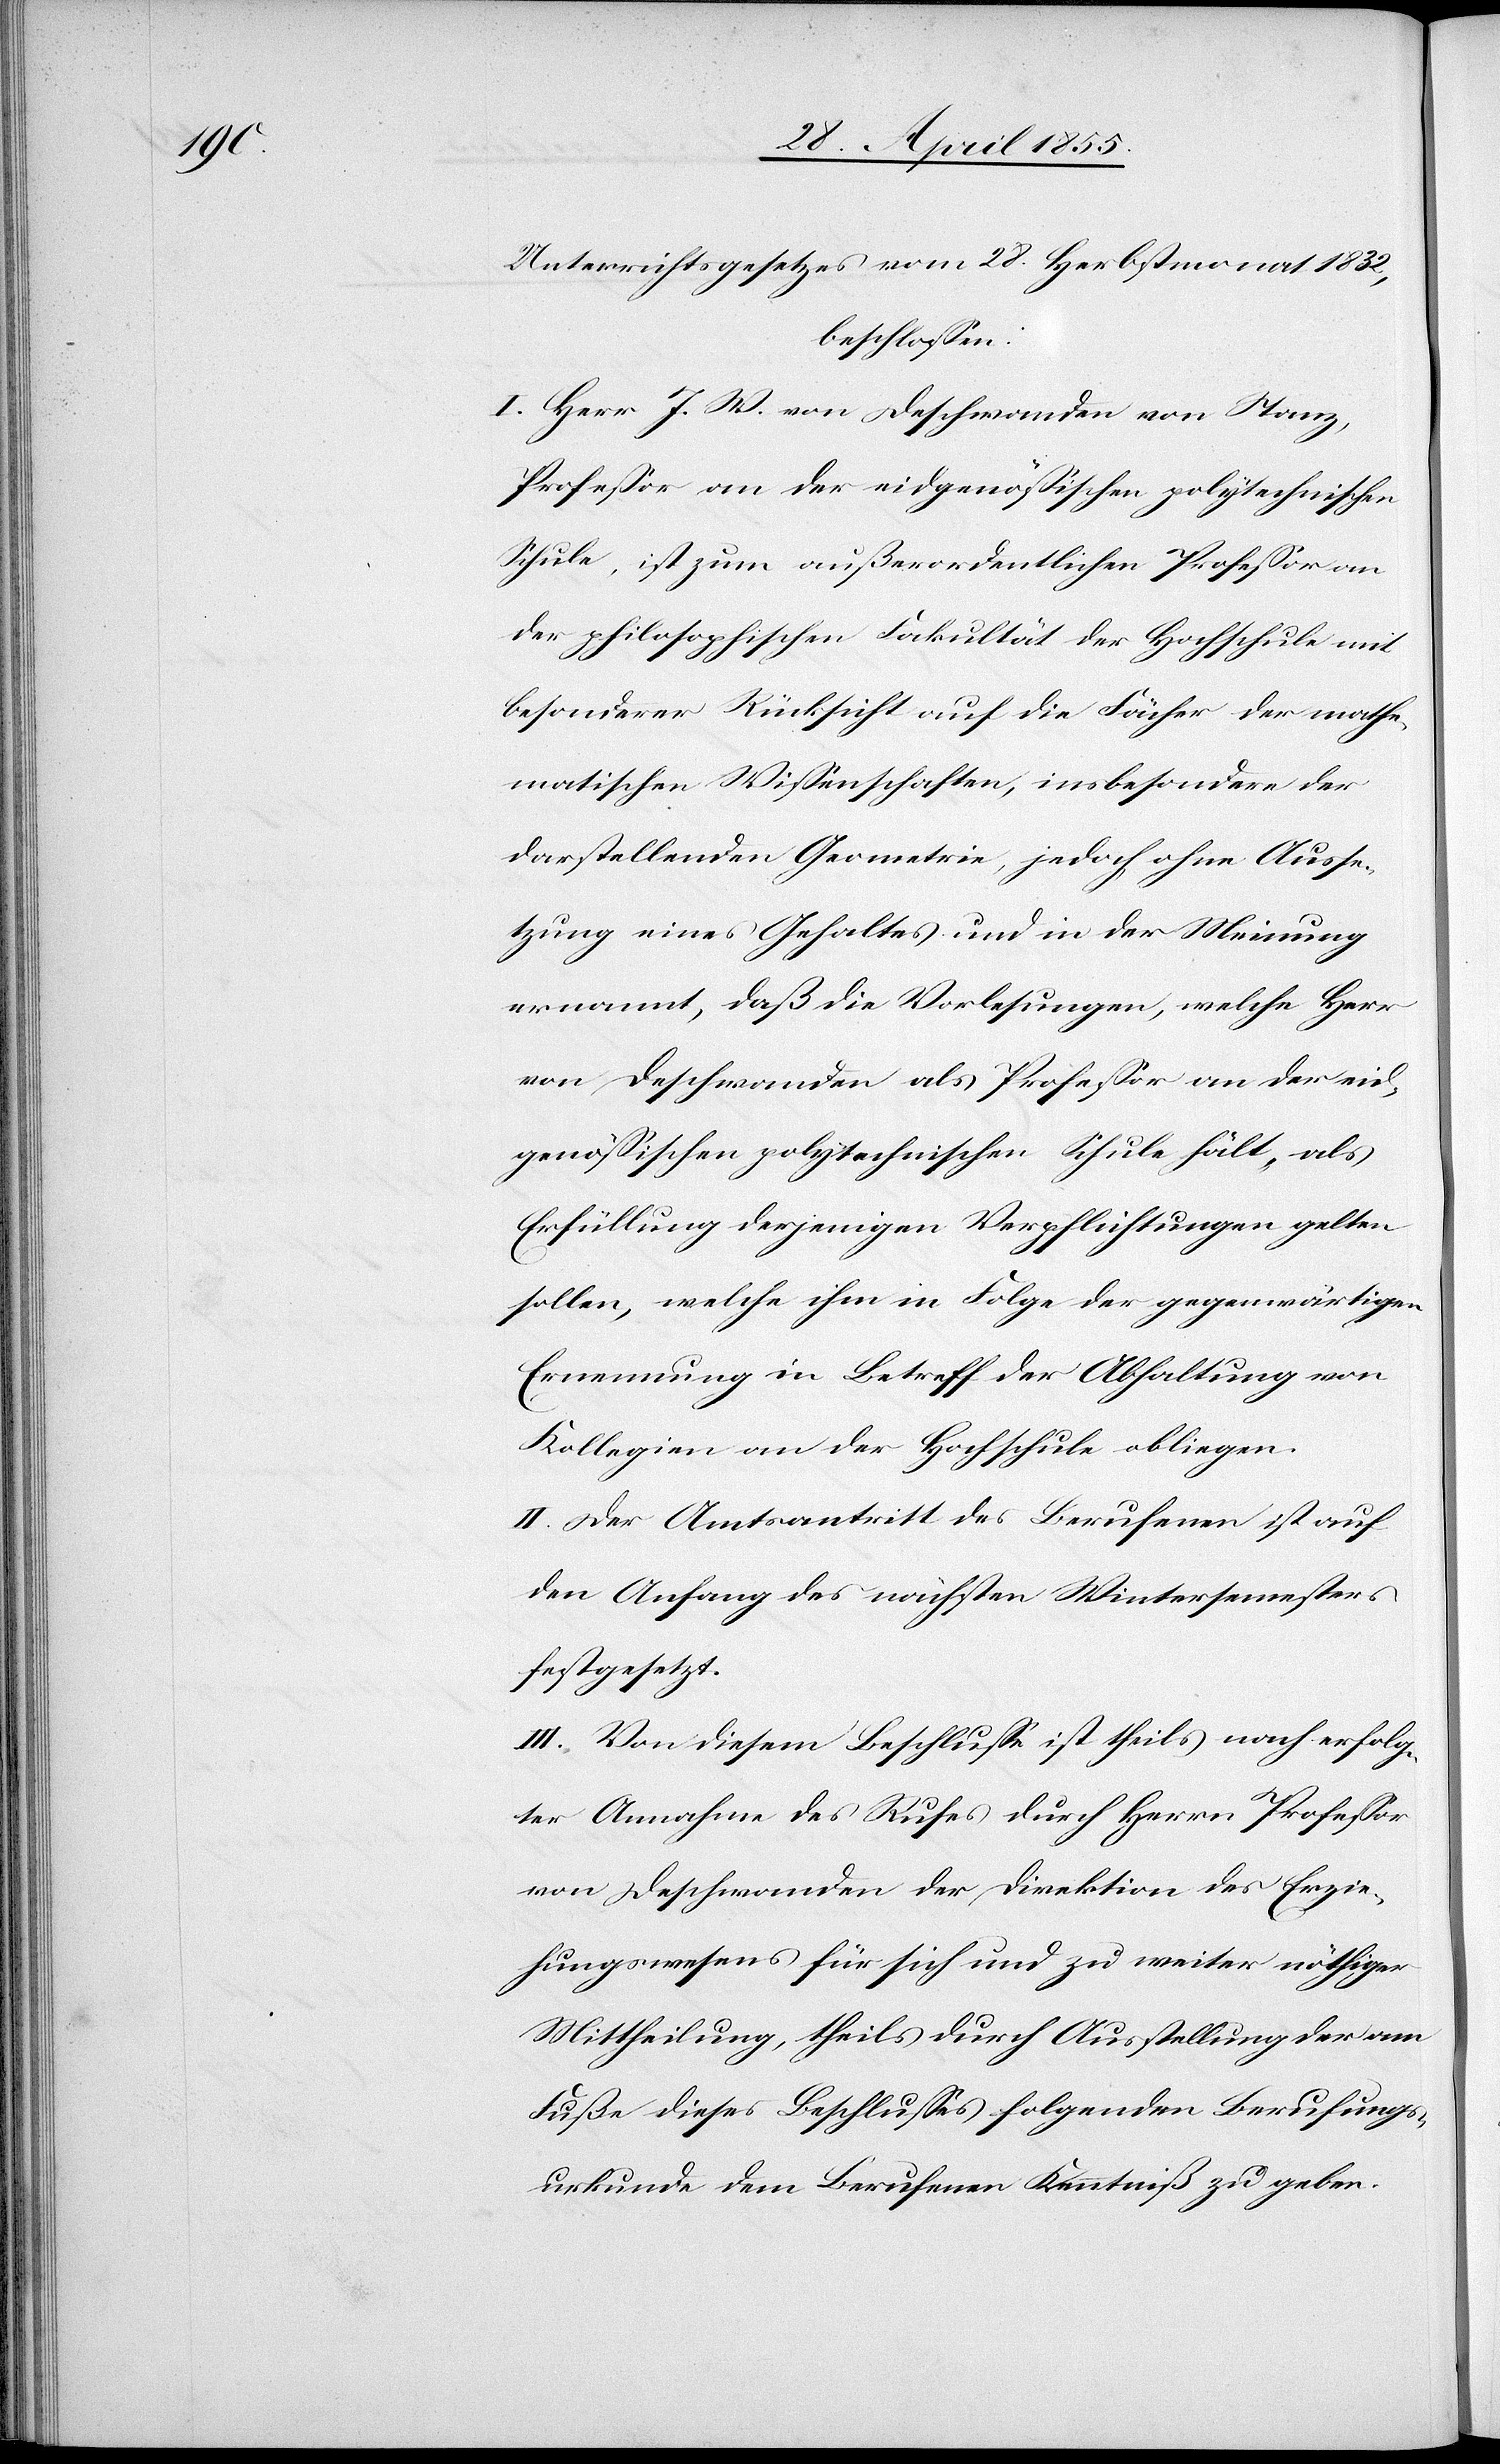
Unterrichtsgesetzes vom 28. Herbstmonat 1832,
beschlossen:
I. Herr J. W. von Deschwanden von Stanz,
Professor an der eidgenössischen polytechnischen
Schule, ist zum außerordentlichen Professor an
der philosophischen Fakultät der Hochschule mit
besonderer Rücksicht auf die Fächer der mathe¬
matischen Wissenschaften, insbesondere der
darstellenden Geometrie, jedoch ohne Ausse¬
tzung eines Gehaltes und in der Meinung
ernannt, daß die Vorlesungen, welche Herr
von Deschwanden als Professor an der eid¬
genössischen polytechnischen Schule hält, als
Erfüllung derjenigen Verpflichtungen gelten
sollen, welche ihm in Folge der gegenwärtigen
Ernennung in Betreff der Abhaltung von
Kollegien an der Hochschule obliegen.
II. Der Amtsantritt des Berufenen ist auf
den Anfang des nächsten Wintersemesters
festgesetzt.
III. Von diesem Beschlusse ist theils nach erfolg¬
ter Annahme des Rufes durch Herrn Professor
von Deschwanden der Direktion des Erzie¬
hungswesens für sich und zu weiter nöthiger
Mittheilung, theils durch Ausstellung der am
Fuße dieses Beschlusses folgenden Berufungs¬
urkunde dem Berufenen Kenntniß zu geben.